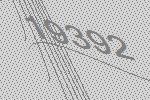
19392